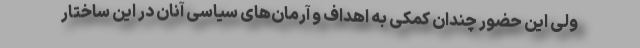
ولی این حضور چندان کمکی به اهداف و آرمان‌های سیاسی آنان در این ساختار